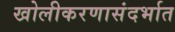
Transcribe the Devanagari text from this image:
खोलीकरणासंदर्भात